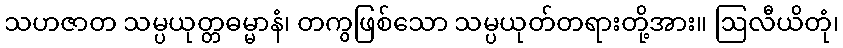
သဟဇာတ သမ္ပယုတ္တဓမ္မာနံ၊ တကွဖြစ်သော သမ္ပယုတ်တရားတို့အား။ ဩလီယိတုံ၊